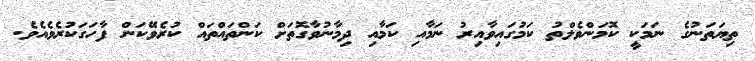
ތިޔަތަނުގެ ނަމަކީ ކޮމަންވެލްތު ކަމުގައިވާއިރު ނަމާއި ކަމާއި ދިމާނުވާގޮތަށް ކަންތައްތައް ކުރެވޭކަން ފާހަގަކުރެވެއެވެ.